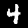
Label: 4